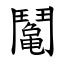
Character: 䰗